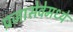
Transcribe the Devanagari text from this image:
प्रजासेवेमध्ये